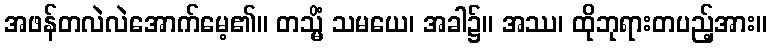
အဖန်တလဲလဲအောက်မေ့၏။ တသ္မိံ သမယေ၊ အခါ၌။ အဿ၊ ထိုဘုရားတပည့်အား။